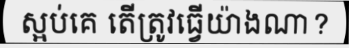
ស្អប់គេ តើត្រូវធ្វើយ៉ាងណា?